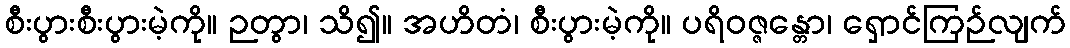
စီးပွားစီးပွားမဲ့ကို။ ဉတွာ၊ သိ၍။ အဟိတံ၊ စီးပွားမဲ့ကို။ ပရိဝဇ္ဇန္တော၊ ရှောင်ကြဉ်လျက်